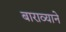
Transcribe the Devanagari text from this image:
बाराव्याने